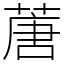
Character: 蓎